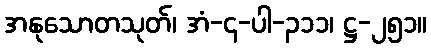
အနုသောတသုတ်၊ အံ-၄-ပါ-၃၁၁၊ ဋ္ဌ-၂၅၁။